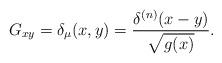
LaTeX: \begin{align*}G_{xy}=\delta_{\mu}(x,y) = {\delta^{(n)}(x-y)\over \sqrt{g(x)}}.\end{align*}